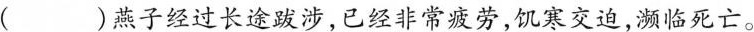
( )燕子经过长途跋涉，已经非常疲劳，饥寒交迫，濒临死亡。